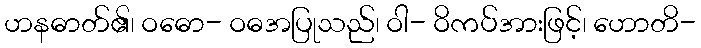
ဟနဓာတ်၏၊ ဝဓော- ဝဓအပြုသည်၊ ဝါ- ဝိကပ်အားဖြင့်၊ ဟောတိ-